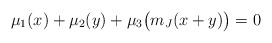
\begin{align*} \mu_1(x) + \mu_2(y) + \mu_3\bigl(m_J(x+y)\bigr)=0\end{align*}